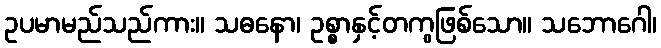
ဥပမာမည်သည်ကား။ သဓနော၊ ဥစ္စာနှင့်တကွဖြစ်သော။ သဘောဂေါ၊